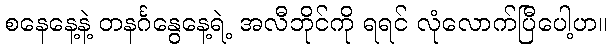
စနေနေ့နဲ့ တနင်္ဂနွေနေ့ရဲ့ အလီဘိုင်ကို ရရင် လုံလောက်ပြီပေါ့ဟ။